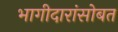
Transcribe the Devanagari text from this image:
भागीदारांसोबत